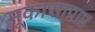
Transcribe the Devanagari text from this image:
मूकासाप्राप्त